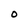
Character: O